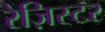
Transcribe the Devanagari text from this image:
रेज़िस्टर